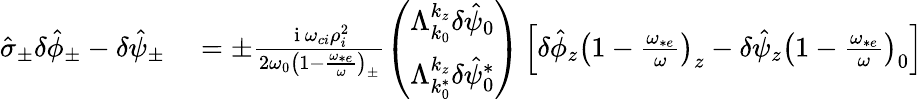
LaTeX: \begin{array}{rl}{\hat{\sigma}_{\pm}\delta\hat{\phi}_{\pm}-\delta\hat{\psi}_{\pm}}&{{}=\pm\frac{\mathrm{~i~}\omega_{ci}\rho_{i}^{2}}{2\omega_{0}\left(1-\frac{\omega_{*e}}{\omega}\right)_{\pm}}\left(\begin{array}{c}{\Lambda_{k_{0}}^{k_{z}}\delta\hat{\psi}_{0}}\\ {\Lambda_{k_{0}^{*}}^{k_{z}}\delta\hat{\psi}_{0}^{*}}\end{array}\right)\left[\delta\hat{\phi}_{z}\left(1-\frac{\omega_{*e}}{\omega}\right)_{z}-\delta\hat{\psi}_{z}\left(1-\frac{\omega_{*e}}{\omega}\right)_{0}\right]}\end{array}